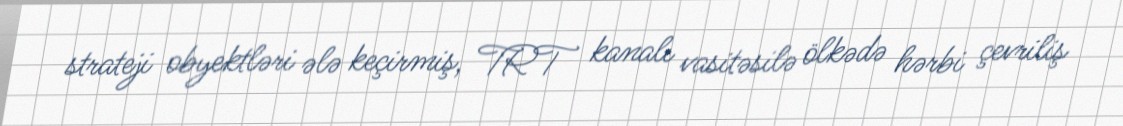
strateji obyektləri ələ keçirmiş, TRT kanalı vasitəsilə ölkədə hərbi çevriliş